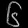
Digit: ၆